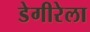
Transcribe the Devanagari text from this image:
डेगीरेला